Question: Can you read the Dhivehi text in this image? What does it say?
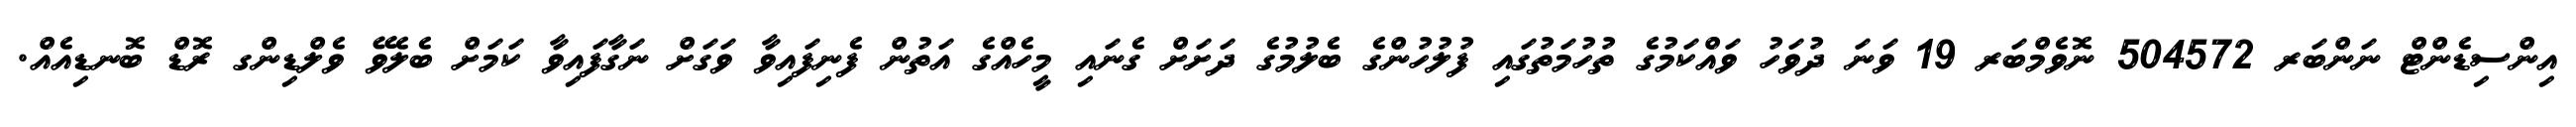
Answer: އިންސިޑެންޓް ނަންބަރ 504572 ނޮވެމްބަރ 19 ވަނަ ދުވަހު ވައްކަމުގެ ތުހުމަތުގައި ފުލުހުންގެ ބެލުމުގެ ދަށަށް ގެނައި މީހެއްގެ އަތުން ފެނިފައިވާ ވަގަށް ނަގާފައިވާ ކަމަށް ބެލެވޭ ވެލްޑިންގ ރޮޑް ބޮނޑިއެއް.